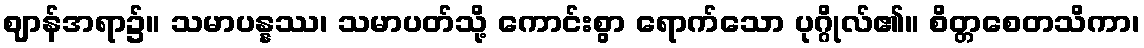
ဈာန်အရာ၌။ သမာပန္နဿ၊ သမာပတ်သို့ ကောင်းစွာ ရောက်သော ပုဂ္ဂိုလ်၏။ စိတ္တစေတသိကာ၊